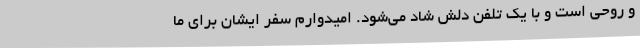
و روحی است و با یک تلفن دلش شاد می‌شود. امیدوارم سفر ایشان برای ما